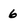
Character: 6